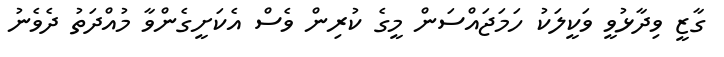
ގާޒީ ވިދާޅުވީ ވަކީލަކު ހަމަޖައްސަން މީގެ ކުރިން ވެސް އެކަށީގެންވާ މުއްދަތު ދެވެނު